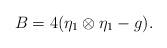
LaTeX: \begin{align*}B=4(\eta_{1} \otimes \eta_{1} -g).\end{align*}